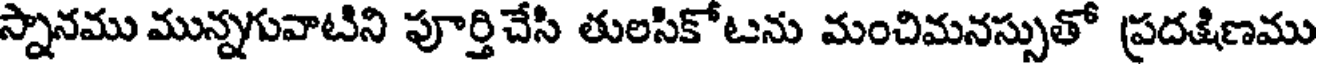
స్నానము మున్నగువాటిని పూర్తిచేసి తులసికోటను మంచిమనస్సుతో ప్రదక్షిణము